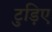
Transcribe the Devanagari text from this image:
टुड़िए